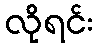
လိုရင်း